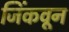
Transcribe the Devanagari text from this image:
जिंकवून